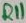
Text: R11